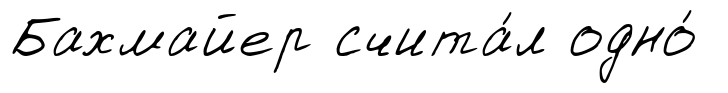
Бахмайер счита́л одно́